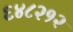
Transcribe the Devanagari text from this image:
६४८२१२